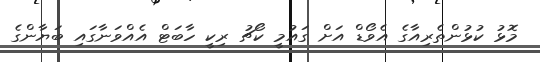
މޮޅު ކުޅުންތެރިއާގެ އެވޯޑް އަށް ގައުމީ ކޯޗު ރިކީ ހާބަޓް އެއްވަނާގައި ބަޔާންގެ